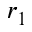
r _ { 1 }